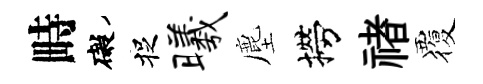
畤礙捉曦塵撈禇覆